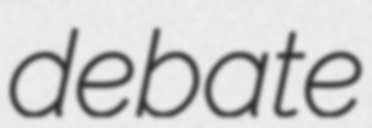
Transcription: debate